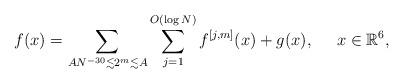
LaTeX: \begin{align*}f(x)=\sum_{AN^{-30} \lesssim 2^m \lesssim A} \sum_{j=1}^{O(\log N)}f^{[j,m]}(x) + g(x), \;\;\;\;\; x \in \mathbb{R}^{6},\end{align*}